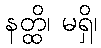
နတ္ထိ၊ မရှိ၊